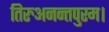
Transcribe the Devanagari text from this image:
तिरुअनन्तपुरम।